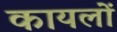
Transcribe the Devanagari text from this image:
कायलों